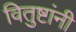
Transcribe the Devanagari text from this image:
वितुष्टांनी